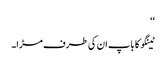
‘‘
ٹینگو کا باپ ان کی طرف مڑا۔